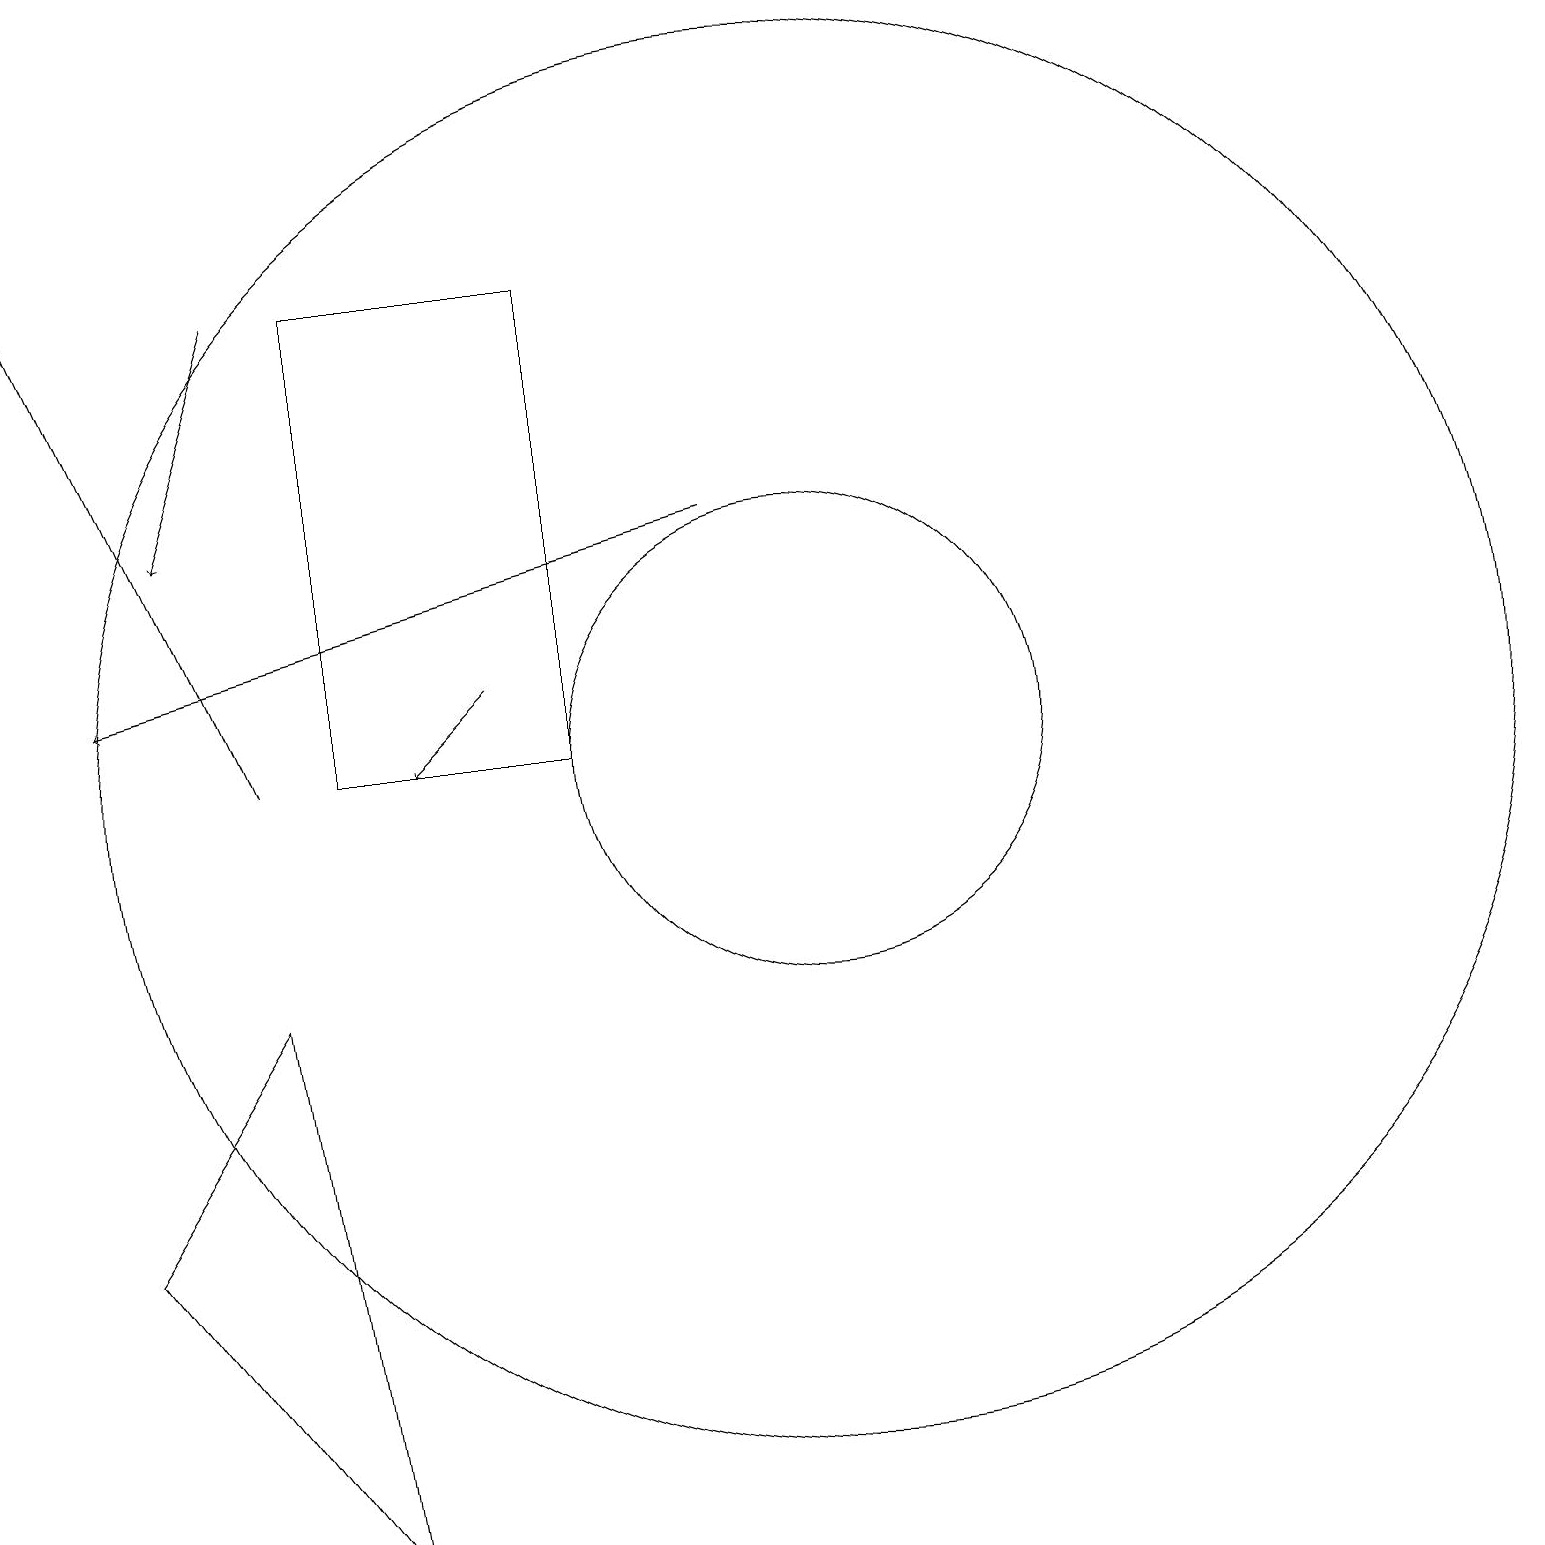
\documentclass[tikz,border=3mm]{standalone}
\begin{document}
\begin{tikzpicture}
\draw[->] (3,10) -- (0,17);
\draw (3,7) -- (1,4) -- (4,0) -- cycle;
\draw (10,10) circle (9);
\draw[->] (6,11) -- (5,10);
\draw[->] (3,16) -- (2,13);
\draw (10,10) circle (3);
\draw[->] (9,13) -- (1,11);
\draw (4,10) rectangle (7,16);
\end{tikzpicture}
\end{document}